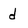
Character: d